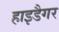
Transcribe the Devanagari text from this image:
हाइडैगर